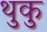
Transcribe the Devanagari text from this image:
थुकु